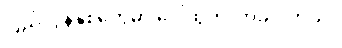
ပြည့်လွန်နှစ်တွေမှာ ပေါ်ထွက်လာခဲ့ပါတယ်။